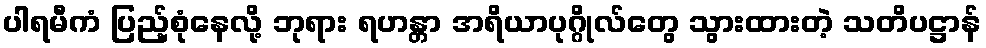
ပါရမီကံ ပြည့်စုံနေလို့ ဘုရား ရဟန္တာ အရိယာပုဂ္ဂိုလ်တွေ သွားထားတဲ့ သတိပဋ္ဌာန်